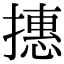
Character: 𢴥